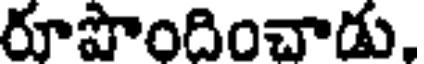
రూపొందించాడు.